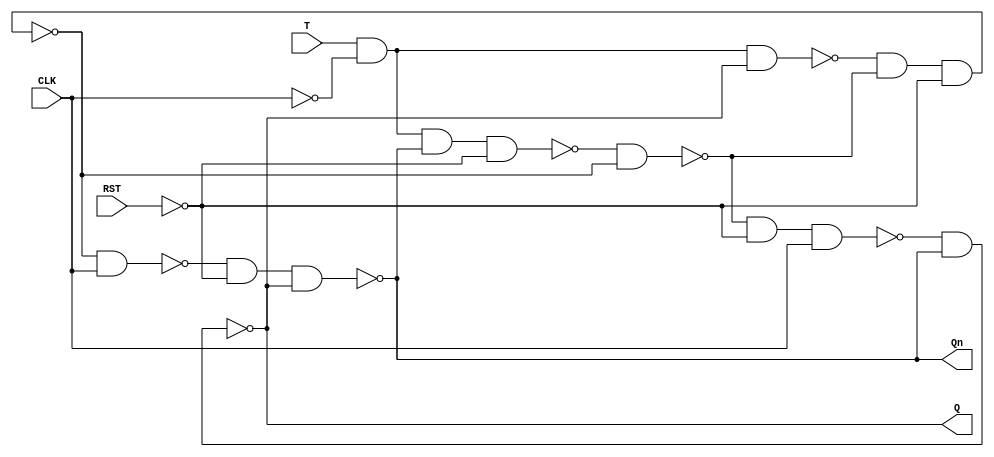
/**
 * Author:
 *   Konstantinos Chatzis
 *   June 2021
 *   kachatzis <at> ece.auth.gr
 */

/**
 * Master-Slave T-FF
 * Positive Edge Triggered,
 * RST is active-HIGH.
 */
module t_ff ( 
    output wire Q, Qn,
    input wire RST, T, CLK 
);

wire j, k;
assign j = T;
assign k = T;

wire RSTn, CLKn;
not u_nrst (RSTn, RST);
not u_nclk (CLKn, CLK);

// Slave
nand n0(Q, e, Qn);
nand n1(Qn, f, RSTn, Q);
nand n2(e, c, RSTn, CLK);
nand n3(f, d, CLK);

// Master
nand n4(c, a, d);
nand n5(d, b, c, RSTn);
nand n6(a, j, CLKn, Qn, RSTn);
nand n7(b, k, CLKn, Q);

endmodule